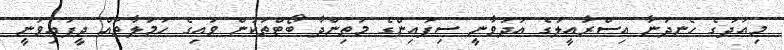
މިއަދުގެ ހެނދުނާ އިސްރާއީލުގެ އުދުވާނީ ސިފައިންގެ މަތިންދާ ބޯޓްތަކުން ވައިގެ ހަމަލާތައް ދީފައިވަނީ